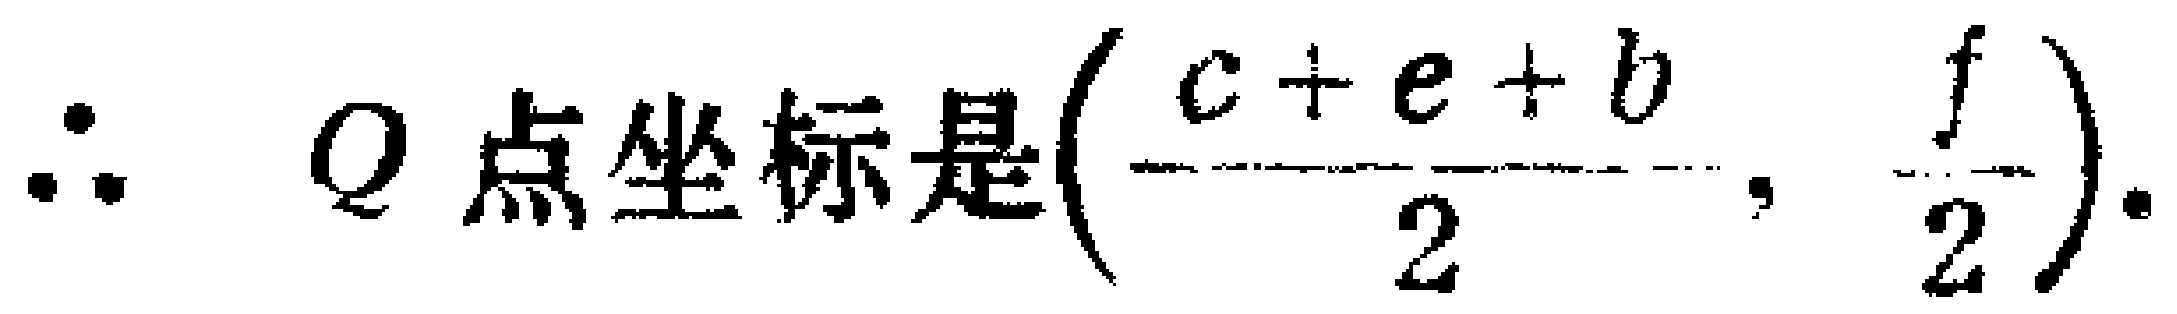
\(\therefore\) \(Q\)点坐标是\((\frac{c + e + b}{2}, \frac{f}{2})\).